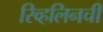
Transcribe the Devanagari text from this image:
रिव्हलिनची